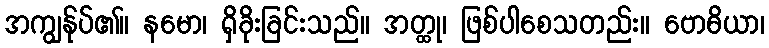
အကျွန်ုပ်၏။ နမော၊ ရှိခိုးခြင်းသည်။ အတ္ထု၊ ဖြစ်ပါစေသတည်း။ ဗောဓိယာ၊